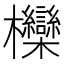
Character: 𣡵